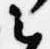
云